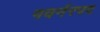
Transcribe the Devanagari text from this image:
गवर्नरपद